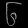
Digit: ၆